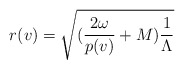
\begin{align*}r(v) = \sqrt{( \frac{2 \omega}{p(v)} + M) \frac{1}{\Lambda}}\end{align*}